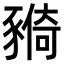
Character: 𧱺